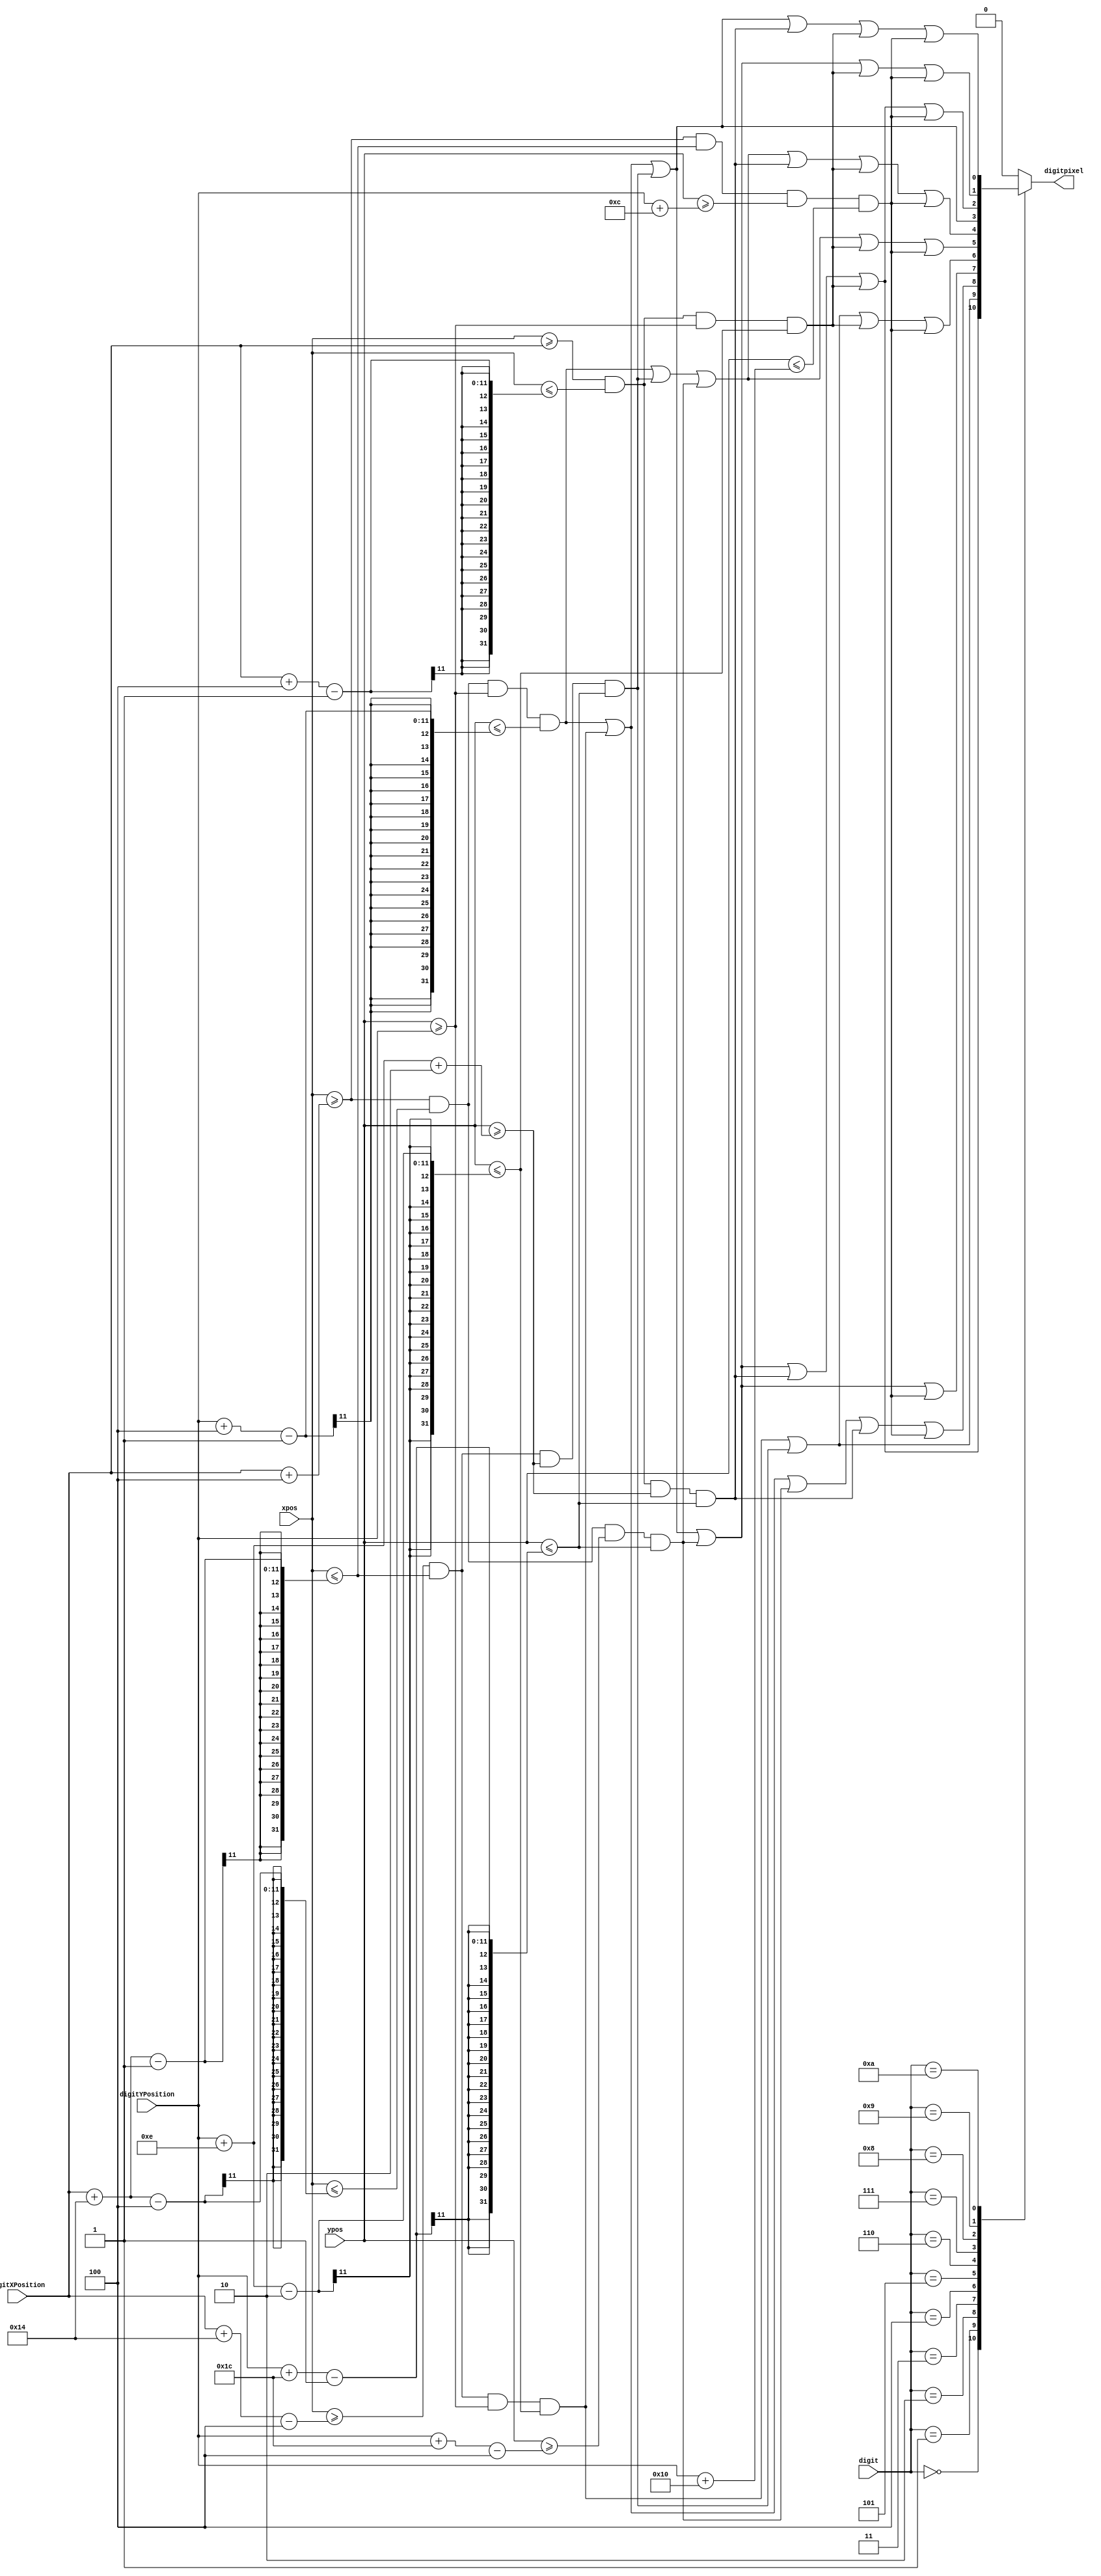
module VGA7SegDisplay(input [9:0] digitXPosition, digitYPosition, xpos, ypos,
						input [3:0] digit,
						output reg digitpixel
    );
//
parameter SegmentWidth = 10'd20, SegmentHeight = 10'd28, lineWidth = 10'd4;

wire segmentA = (xpos >= digitXPosition+lineWidth && xpos <= digitXPosition+SegmentWidth-4 && ypos >= digitYPosition && ypos <= digitYPosition+lineWidth-1);
wire segmentB = (xpos >= digitXPosition+SegmentWidth-lineWidth && xpos <= digitXPosition+SegmentWidth-1 && ypos >= digitYPosition && ypos <= digitYPosition+SegmentHeight/2-2);
wire segmentC = (xpos >= digitXPosition+SegmentWidth-lineWidth && xpos <= digitXPosition+SegmentWidth-1 && ypos >= digitYPosition+SegmentHeight/2+2 && ypos <= digitYPosition+SegmentHeight-1);
wire segmentD = (xpos >= digitXPosition+lineWidth && xpos <= digitXPosition+SegmentWidth-4 && ypos >= digitYPosition+SegmentHeight-lineWidth && ypos <= digitYPosition+SegmentHeight-1);
wire segmentE = (xpos >= digitXPosition && xpos <= digitXPosition+lineWidth-1 && ypos >= digitYPosition+SegmentHeight/2+2 && ypos <= digitYPosition+SegmentHeight-1);
wire segmentF = (xpos >= digitXPosition && xpos <= digitXPosition+lineWidth-1 && ypos >= digitYPosition && ypos <= digitYPosition+SegmentHeight/2-2);
wire segmentG = (xpos >= digitXPosition+lineWidth && xpos <= digitXPosition+SegmentWidth-1 && ypos >= digitYPosition+(SegmentHeight-lineWidth)/2 && ypos <= digitYPosition+(SegmentHeight+lineWidth)/2);

always @(digit,segmentA,segmentA,segmentB,segmentC,segmentD,segmentE,segmentF,segmentG)
	case (digit) 
		0:	digitpixel <= (segmentA | segmentB | segmentC | segmentD | segmentE | segmentF );
		1:	digitpixel <= (segmentB | segmentC );
		2:	digitpixel <= (segmentA | segmentB | segmentD | segmentE | segmentG );
		3:	digitpixel <= (segmentA | segmentB | segmentC | segmentD | segmentG );
		4:	digitpixel <= (segmentB | segmentC | segmentF | segmentG );
		5:	digitpixel <= (segmentA | segmentC | segmentD | segmentF | segmentG );
		6:	digitpixel <= (segmentA | segmentC | segmentD | segmentE | segmentF | segmentG );
		7:	digitpixel <= (segmentA | segmentB | segmentC );
		8:	digitpixel <= (segmentA | segmentB | segmentC | segmentD | segmentE | segmentF | segmentG );
		9:	digitpixel <= (segmentA | segmentB | segmentC | segmentD | segmentF | segmentG );
		10:	digitpixel <= (segmentA | segmentB | segmentC | segmentE | segmentF | segmentG );
		default: digitpixel <= 0;
	endcase
endmodule